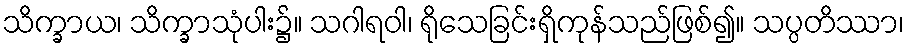
သိက္ခာယ၊ သိက္ခာသုံပါး၌။ သဂါရဝါ၊ ရိုသေခြင်းရှိကုန်သည်ဖြစ်၍။ သပ္ပတိဿာ၊